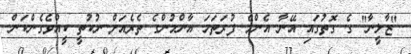
"ޒާލީނާ" ގެ ގޮތުގައި އޭނާ އެންމެ ފުރަތަމަ އާންމުންގެ ތެރެއަށް ނުކުތީ ކީއްވެގެންކަން